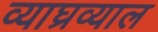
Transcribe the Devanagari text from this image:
व्याघ्रव्याल